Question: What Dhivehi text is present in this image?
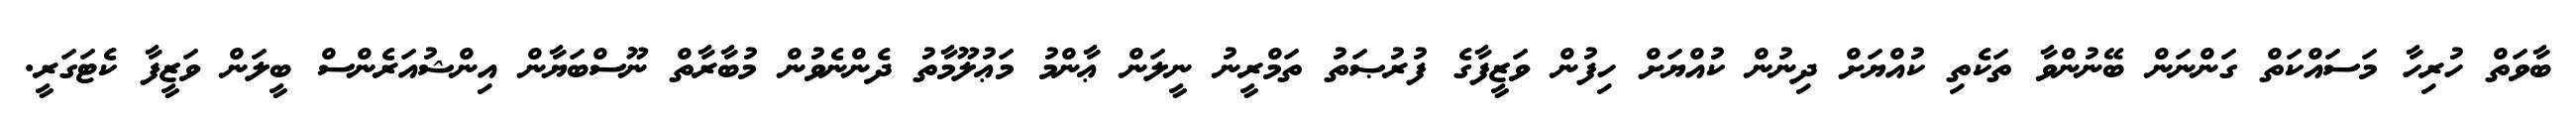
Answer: ބާވަތް ހުރިހާ މަސައްކަތް ގަންނަން ބޭނުންވާ ތަކެތި ކުއްޔަށް ދިނުން ކުއްޔަށް ހިފުން ވަޒީފާގެ ފުރުޞަތު ތަމްރީނު ނީލަން ޢާންމު މަޢުލޫމާތު ދެންނެވުން މުބާރާތް ނޫސްބަޔާން އިންޝުއަރެންސް ބީލަން ވަޒީފާ ކެޓަގަރީ.